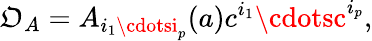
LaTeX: {\cal\mathfrak{O}}_{A}=A_{i_{1}\cdotsi_{p}}(a)c^{i_{1}}\cdotsc^{i_{p}},